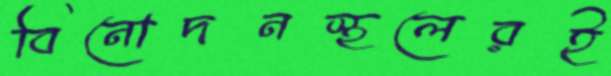
বিনোদনস্থলেরই